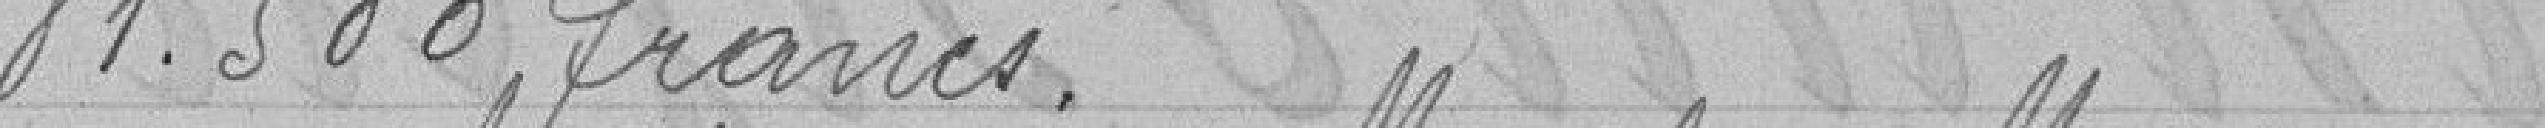
81.500 francs